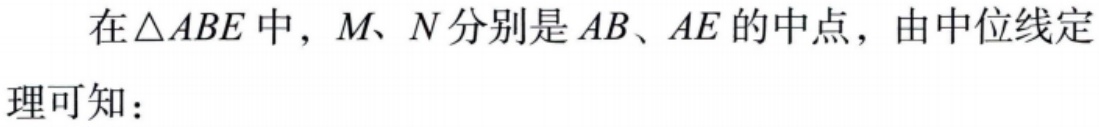
在\(\triangle ABE\)中，\(M\)、\(N\)分别是\(AB\)、\(AE\)的中点，由中位线定理可知：